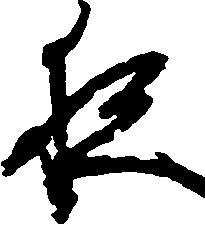
夜